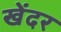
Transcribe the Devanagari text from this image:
खेंदर